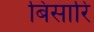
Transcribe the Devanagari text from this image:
बिसारि